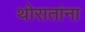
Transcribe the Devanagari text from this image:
थोरातांना